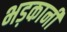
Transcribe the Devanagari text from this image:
भड़कानी